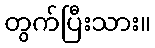
တွက်ပြီးသား။